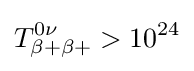
T_{\beta +\beta +}^{0\nu }>10^{24}